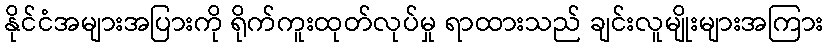
နိုင်ငံအများအပြားကို ရိုက်ကူးထုတ်လုပ်မှု ရာထားသည် ချင်းလူမျိုးများအကြား